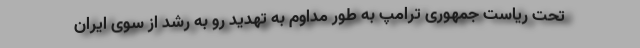
تحت ریاست جمهوری ترامپ به طور مداوم به تهدید رو به رشد از سوی ایران